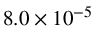
8 . 0 \times 1 0 ^ { - 5 }